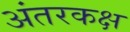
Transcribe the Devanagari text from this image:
अंतरकक्ष